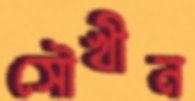
সৌখীন